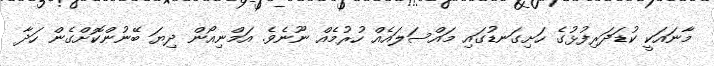
މާނައަކީ ކުޑަދަރިފުޅުގެ ހަށިގަނޑުގައި މައްސަލައެއް ހުރުމެއް ނޫނެވެ. އަމްނިއޯން ދިޔަ ބޭނުންކޮށްގެން ހަދާ